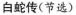
白蛇传(节选)